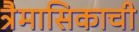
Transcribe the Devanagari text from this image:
त्रैमासिकाची